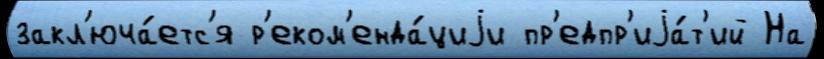
закл'юча́етс'я р'еком'енда́циjи пр'едпр'иjа́т'ий На